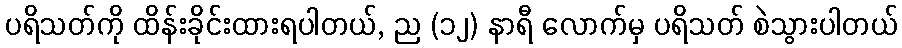
ပရိသတ်ကို ထိန်းခိုင်းထားရပါတယ်, ည (၁၂) နာရီ လောက်မှ ပရိသတ် စဲသွားပါတယ်